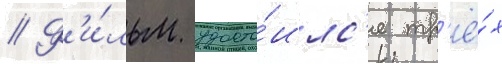
// Ф'и́льм удосто́илс'я тр'ё́х